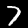
Digit: 7